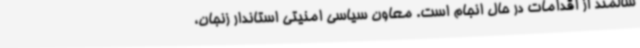
سالمند از اقدامات در حال انجام است. معاون سیاسی امنیتی استاندار زنجان،